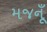
મજનૂઁ